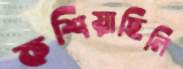
কশিয়াছিলি